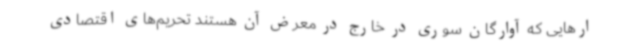
ارهایی که آوارگان سوری در خارج در معرض آن هستند تحریم‌های اقتصادی